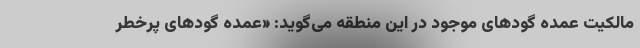
مالکیت عمده گودهای موجود در این منطقه می‌گوید: «عمده گودهای پرخطر